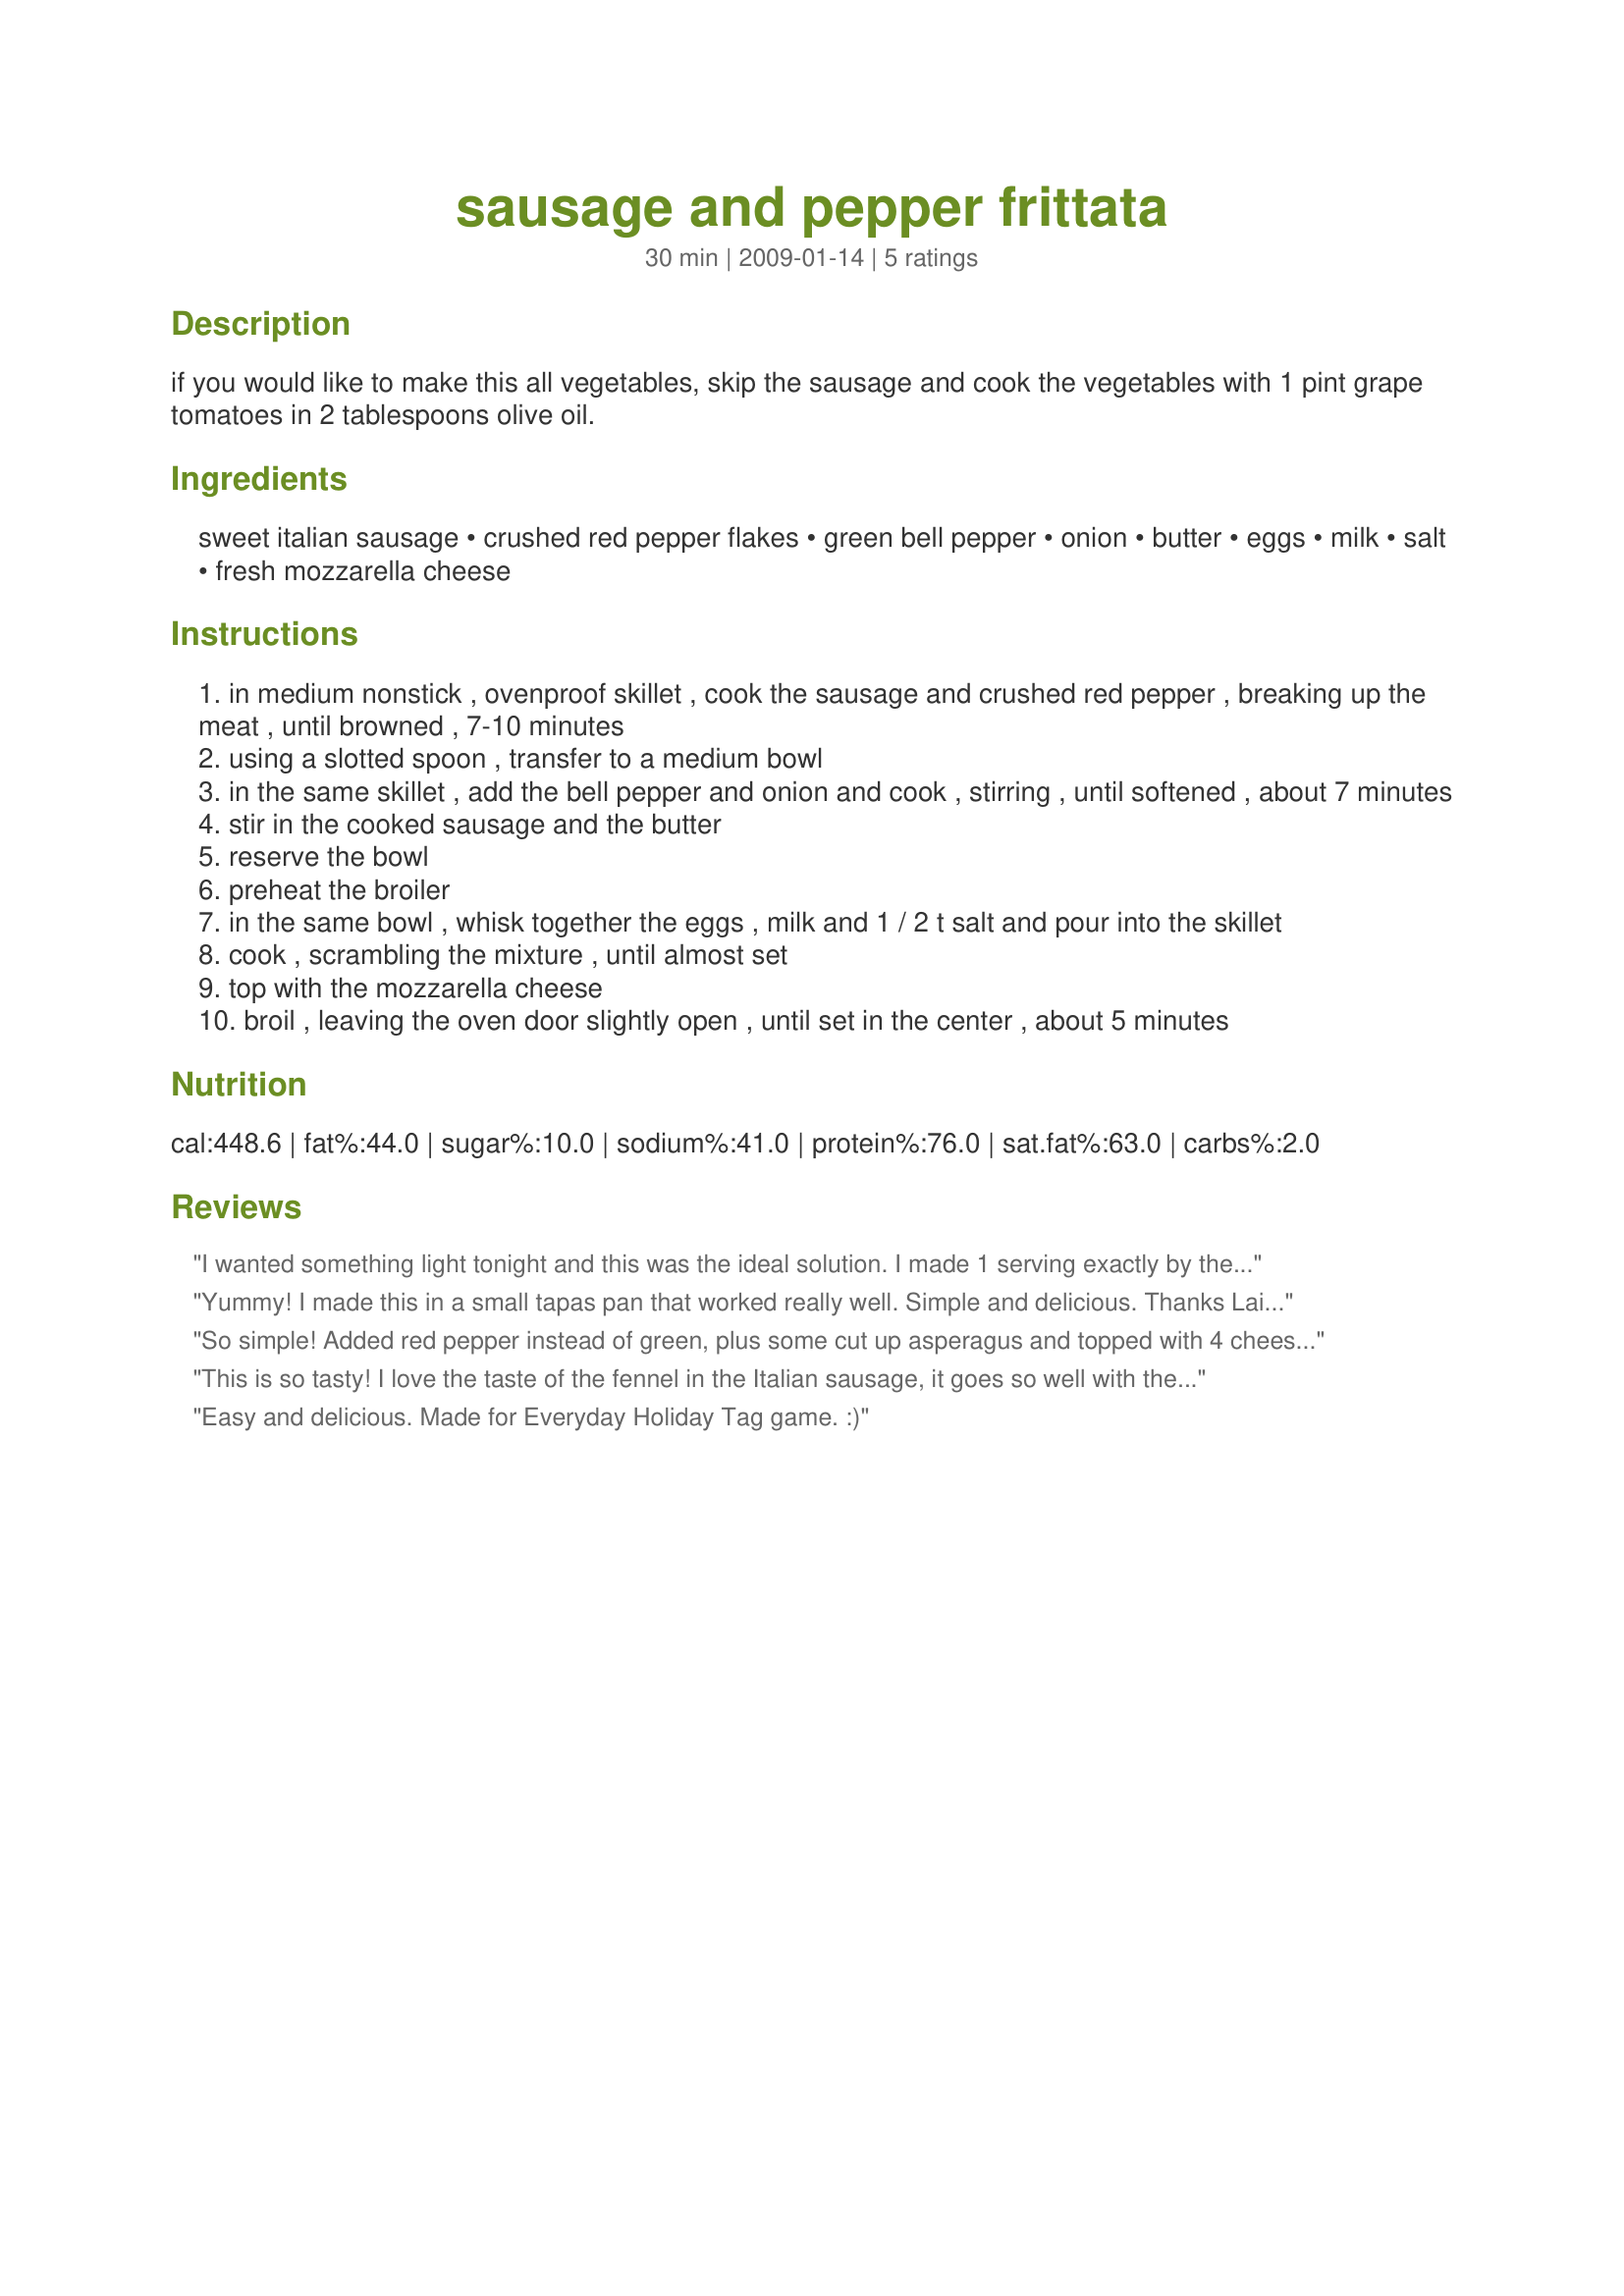
sausage and pepper frittata
Preparation time: 30 minutes

if you would like to make this all vegetables, skip the sausage and cook the vegetables with 1 pint grape tomatoes in 2 tablespoons olive oil.

Ingredients:
sweet italian sausage, crushed red pepper flakes, green bell pepper, onion, butter, eggs, milk, salt, fresh mozzarella cheese

Steps:
in medium nonstick , ovenproof skillet , cook the sausage and crushed red pepper , breaking up the meat , until browned , 7-10 minutes
using a slotted spoon , transfer to a medium bowl
in the same skillet , add the bell pepper and onion and cook , stirring , until softened , about 7 minutes
stir in the cooked sausage and the butter
reserve the bowl
preheat the broiler
in the same bowl , whisk together the eggs , milk and 1 / 2 t salt and pour into the skillet
cook , scrambling the mixture , until almost set
top with the mozzarella cheese
broil , leaving the oven door slightly open , until set in the center , about 5 minutes

Reviews:
I wanted something light tonight and this was the ideal solution. I made 1 serving exactly by the recipe and it was delicious with a couple of honeydew slices. Super easy and super yum! Another great recipe Lainey. Made for ZWT7.
Yummy! I made this in a small tapas pan that worked really well. Simple and delicious. Thanks Lainey for a nice meal. Made for ZWT7 for the Emerald City Shakers.
So simple! Added red pepper instead of green, plus some cut up asperagus and topped with 4 cheese Italiano. Everyone loved it. I'm going to do this Christmas morning.
This is so tasty! I love the taste of the fennel in the Italian sausage, it goes so well with the other flavours! Made for ZWT7-Italy
Easy and delicious. Made for Everyday Holiday Tag game. :)
